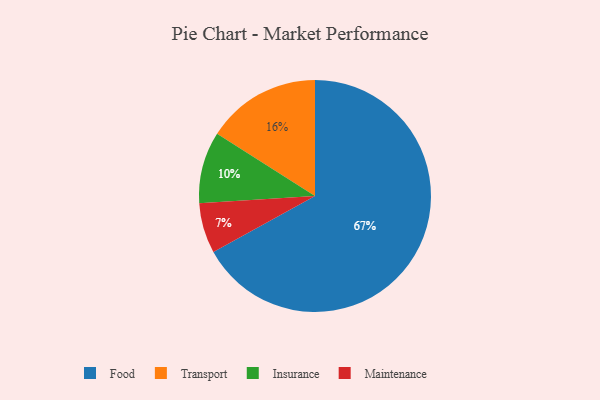
{"axis": {"x": "Category", "y": "Percentage"}, "legend": ["Food", "Insurance", "Maintenance", "Transport"], "data": [{"x": "Food", "y": 67, "type": "Food"}, {"x": "Insurance", "y": 10, "type": "Insurance"}, {"x": "Transport", "y": 16, "type": "Transport"}, {"x": "Maintenance", "y": 7, "type": "Maintenance"}]}